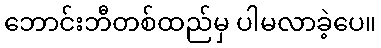
ဘောင်းဘီတစ်ထည်မှ ပါမလာခဲ့ပေ။